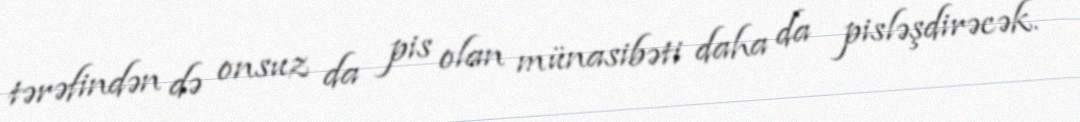
tərəfindən də onsuz da pis olan münasibəti daha da pisləşdirəcək.